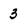
Character: 3